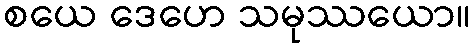
စယေ ဒေဟေ သမုဿယော။